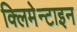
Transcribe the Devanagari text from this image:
क्लिमेन्टाइन